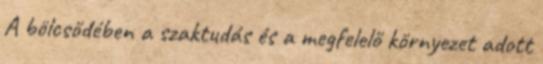
A bölcsődében a szaktudás és a megfelelő környezet adott